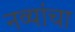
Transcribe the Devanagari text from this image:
नव्यांचा